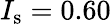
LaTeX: I_{\mathrm{s}}=0.60